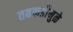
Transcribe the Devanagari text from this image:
तबकडीमुळे